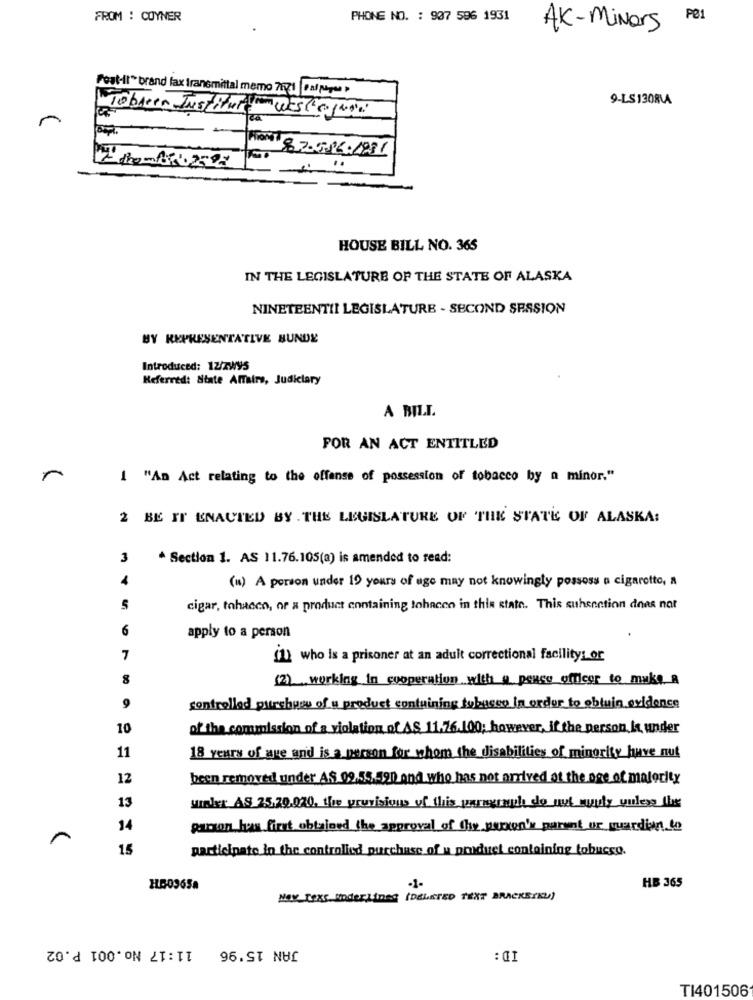
FROM : COYNER
PHONE NO. : 907 596 1931
P@1
AK - Minors
Post-it" brand fax transmittal memo 7571|Dal papa
9-LS 1308VA
Tobreer Institut
west end!
From 8.7.5.16.1981
HOUSE BILL NO. 365
IN THE LEGISLATURE OF THE STATE OF ALASKA
NINETEENTIL LEGISLATURE - SECOND SESSION
BY REPRESENTATIVE BUNDE
Introduced: 12/zWY5
Referred: State Affairs, Judiciary
A BILL
FOR AN ACT ENTITLED
1 "An Act relating to the offense of possession of tobacco by a minor."
2 BE IT ENACTED BY . THE LEGISLATURE OF THE STATE OF ALASKA:
3
* Section 1. AS 11.76.105(a) is amended to read:
4
(m) A person under 19 yours of uge may not knowingly possoss a cigarotto, a
5
cigar, tobacco, or a product containing tohacen in this state. This suhsection does not
6
apply to a person
7
(1) who is a prisoner at an adult correctional facility: or
(2) working in cooperation with a peace officer to make a
9
controlled putrchusu of u product containing tybuceo In order to obluin evidence
10
of the commission of a violation of AS 11.76.100; however, if the person, it under
11
18 years of age and is a person for whom the disabilities of minority have nut
12
been removed under AS. 09.55.590 and who has not arrived at the age of majority
13
umler AS 25.20.020, the gruvisions of this paragraph do nut wyuly unless the
14
parson has first obtained the approval of the person's parent or guardian to
15
participate in the controlied purchase of u product containing tobucco.
HB09658
-1-
HB 365
Nex_Text underlines (DELETED TEXT BRACKETEU)
JAN 15'96 11:17 No.001 P.02
ID:
TI401506